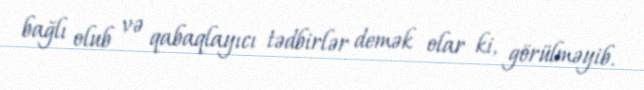
bağlı olub və qabaqlayıcı tədbirlər demək olar ki, görülməyib.